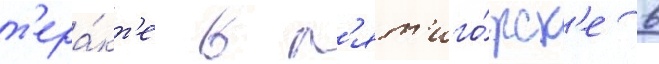
т'ера́кт'е в п'ят'иго́рск'е в